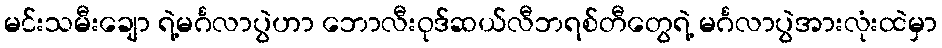
မင်းသမီးချော ရဲ့မင်္ဂလာပွဲဟာ ဘောလီးဝုဒ်ဆယ်လီဘရစ်တီတွေရဲ့ မင်္ဂလာပွဲအားလုံးထဲမှာ